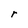
Character: r